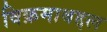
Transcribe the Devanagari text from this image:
विक्रमाबद्दल